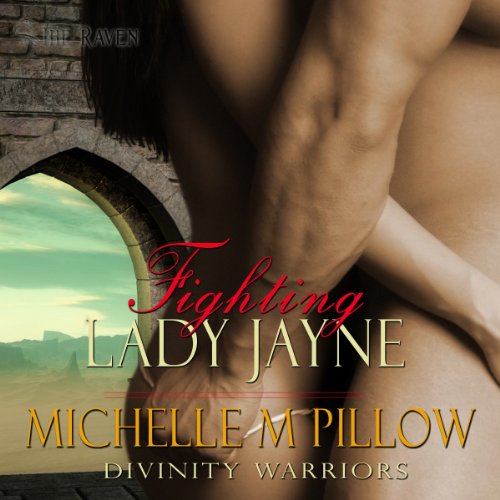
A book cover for Fighting Lady Jayne: Divinity Warriors, Book 2; Michelle M. Pillow; Romance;